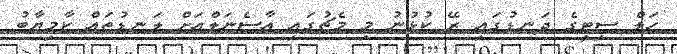
ހަލް ސިޓީގެ ދަނޑުގައި ރޭ ކުޅުނު މި މެޗުގައި އާސެނަލްއަށް ލަނޑުތައް ކާމިޔާބު